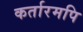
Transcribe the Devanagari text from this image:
कर्तारमपि